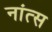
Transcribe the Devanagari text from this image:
नांत्स